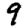
Digit: 9